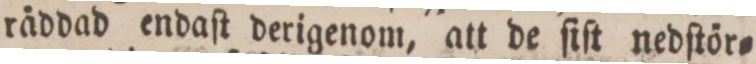
räddad endaſt derigenom, att de ſiſt nedſtör=